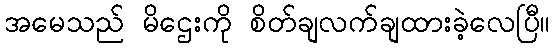
အမေသည် မိဌေးကို စိတ်ချလက်ချထားခဲ့လေပြီ။